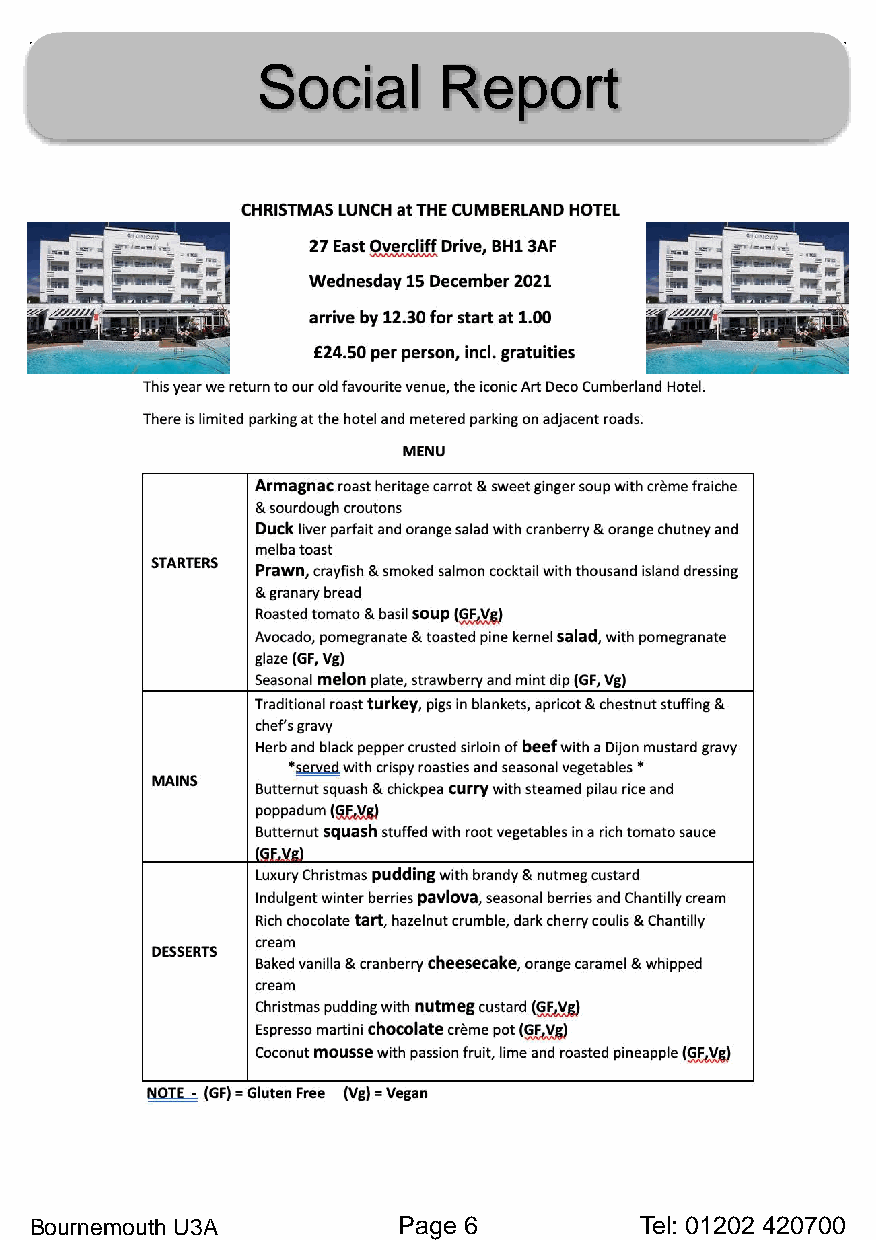
Social      Report
 Bournemouth U3A         Page 6          Tel: 01202 420700